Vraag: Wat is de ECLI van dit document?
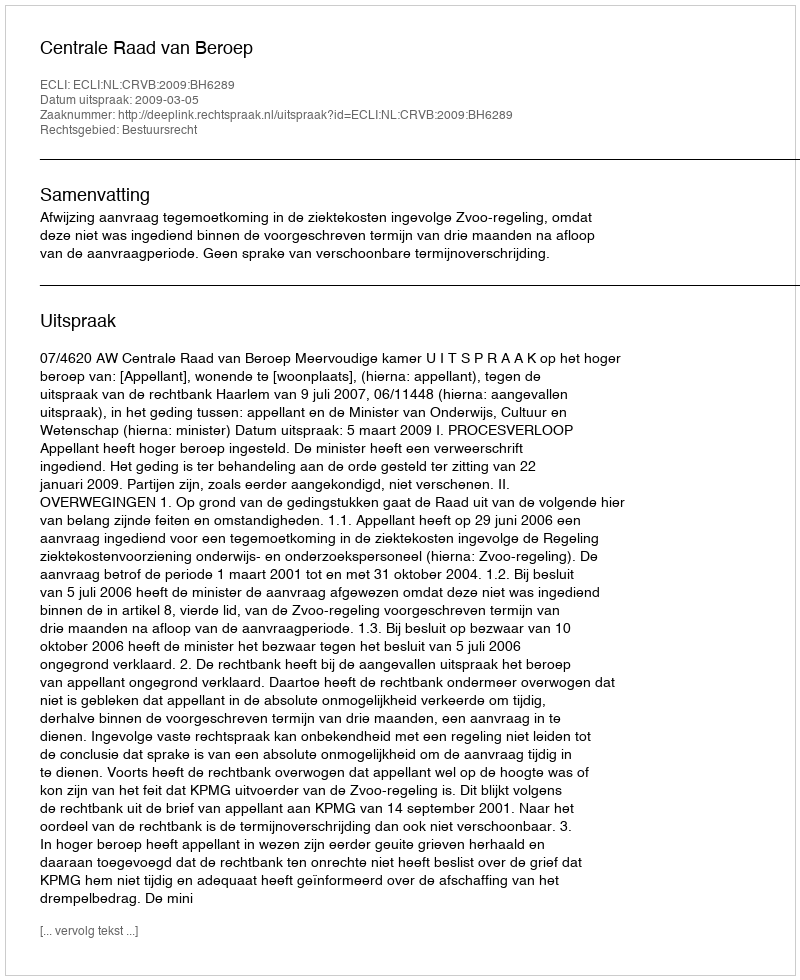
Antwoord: ECLI:NL:CRVB:2009:BH6289